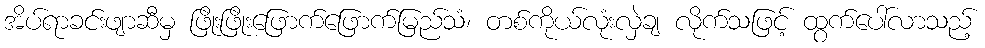
အိပ်ရာခင်းဖျာဆီမှ ဖြိုးဖြိုးဖြောက်ဖြောက်မြည်သံ၊ တစ်ကိုယ်လုံးလှဲချ လိုက်သဖြင့် ထွက်ပေါ်လာသည့်